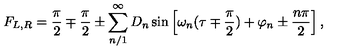
F _ { L , R } = \frac { \pi } { 2 } \mp \frac { \pi } { 2 } \pm \sum _ { n / 1 } ^ { \infty } D _ { n } \sin \left[ \omega _ { n } ( \tau \mp \frac { \pi } { 2 } ) + \varphi _ { n } \pm \frac { n \pi } { 2 } \right] ,